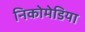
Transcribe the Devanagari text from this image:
निकोमेडिया